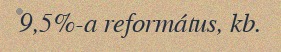
9,5%-a református, kb.